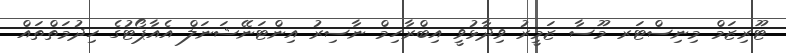
ޓޫރިޒަމް މިނިސްޓަރ މޫސާ ޒަމީރު ވިދާޅުވީ އިބްރާހިމް ނާސިރު އިންޓަނޭޝަނަލް އެއާޕޯޓުގެ ހިދުމަތްތައް